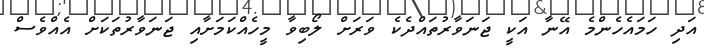
އަދި ހަމައެހެންމެ އޭނާ އަކީ ޖަނަވާރުތައްދެކެ ވަރަށް ލޯބިވާ މީހެއްކަމަށާއި ޖަނަވާރުތަކަށް އެއްވެސް